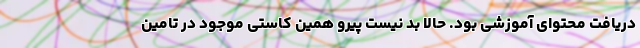
دریافت محتوای آموزشی بود. حالا بد نیست پیرو همین کاستی موجود در تامین